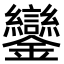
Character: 鑾